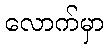
လောက်မှာ